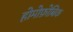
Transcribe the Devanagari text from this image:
होमोफ़ोबिक